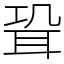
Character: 𦕓